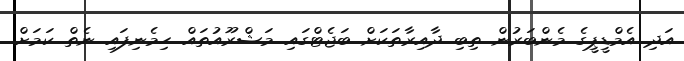
އަދި އެމްޑީޕީގެ މެންބަރުން ތިބި ދާއިރާތަކަށް ބަޖެޓްގައި މަޝްރޫއުތައް ހިމެނިފައި ނެތް ކަމަށް